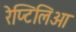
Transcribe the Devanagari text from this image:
रेप्टिलिआ